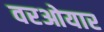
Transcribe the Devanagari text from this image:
वरओयार